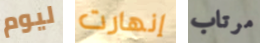
ليوم إنهارت مرتاب